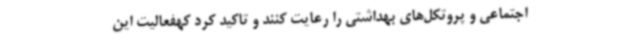
اجتماعی و پروتکل‌های بهداشتی را رعایت کنند و تاکید کرد کهفعالیت این